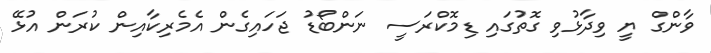
ވާންގް ޔީ ވިދާޅުވި ގޮތުގައި ޑިމޮކްރަސީ ނަންބޯޑު ޖަހައިގެން އެމެރިކާއިން ކުރަން އުޅޭ